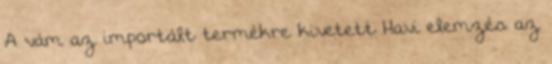
A vám az importált termékre kivetett Havi elemzés az